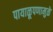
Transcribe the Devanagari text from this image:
पायाळूपणामुळे